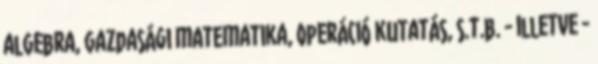
algebra, gazdasági matematika, operáció kutatás, s.t.b. - illetve -